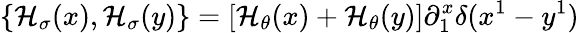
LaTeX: \{ {\cal H}_{\sigma}(x),{\cal H}_{\sigma}(y)\} =[{\cal H}_{\theta}(x)+{\cal H}_{\theta}(y)]\partial_{1}^{x}\delta(x^{1}-y^{1})